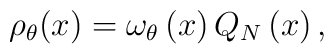
\rho _{\theta }(x)=\omega _{\theta }\left( x\right) Q_{N}\left( x\right) ,